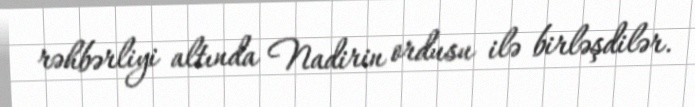
rəhbərliyi altında Nadirin ordusu ilə birləşdilər.